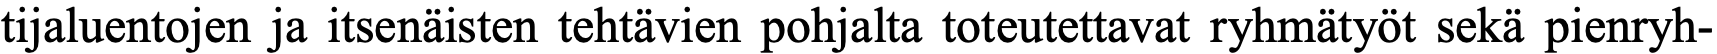
tijaluentojen ja itsenäisten tehtävien pohjalta toteutettavat ryhmätyöt sekä pienryh-